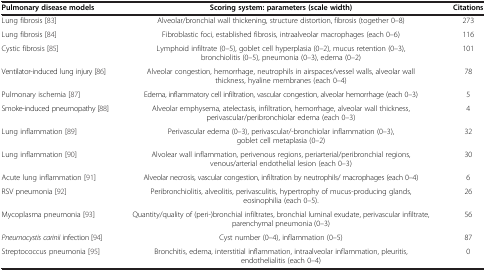
<table><thead><tr><td><b>Pulmonary disease models</b></td><td><b>Scoring system: parameters (scale width)</b></td><td><b>Citations</b></td></tr></thead><tbody><tr><td>Lung fibrosis [83]</td><td>Alveolar/bronchial wall thickening, structure distortion, fibrosis (together 0–8)</td><td>273</td></tr><tr><td>Lung fibrosis [84]</td><td>Fibroblastic foci, established fibrosis, intraalveolar macrophages (each 0–6)</td><td>116</td></tr><tr><td>Cystic fibrosis [85]</td><td>Lymphoid infiltrate (0–5), goblet cell hyperplasia (0–2), mucus retention (0–3), bronchiolitis (0–5), pneumonia (0–3), edema (0–2)</td><td>101</td></tr><tr><td>Ventilator-induced lung injury [86]</td><td>Alveolar congestion, hemorrhage, neutrophils in airspaces/vessel walls, alveolar wall thickness, hyaline membranes (each 0–4)</td><td>78</td></tr><tr><td>Pulmonary ischemia [87]</td><td>Edema, inflammatory cell infiltration, vascular congestion, alveolar hemorrhage (each 0–3)</td><td>5</td></tr><tr><td>Smoke-induced pneumopathy [88]</td><td>Alveolar emphysema, atelectasis, infiltration, hemorrhage, alveolar wall thickness, perivascular/peribronchiolar edema (each 0–3)</td><td>4</td></tr><tr><td>Lung inflammation [89]</td><td>Perivascular edema (0–3), perivascular/-bronchiolar inflammation (0–3), goblet cell metaplasia (0–2)</td><td>32</td></tr><tr><td>Lung inflammation [90]</td><td>Alvolear wall inflammation, perivenous regions, periarterial/peribronchial regions, venous/arterial endothelial lesion (each 0–3)</td><td>30</td></tr><tr><td>Acute lung inflammation [91]</td><td>Alveolar necrosis, vascular congestion, infiltration by neutrophils/ macrophages (each 0–4)</td><td>6</td></tr><tr><td>RSV pneumonia [92]</td><td>Peribronchiolitis, alveolitis, perivasculitis, hypertrophy of mucus-producing glands, eosinophilia (each 0–5).</td><td>26</td></tr><tr><td>Mycoplasma pneumonia [93]</td><td>Quantity/quality of (peri-)bronchial infiltrates, bronchial luminal exudate, perivascular infiltrate, parenchymal pneumonia (0–3)</td><td>56</td></tr><tr><td><i>Pneumocystis carinii</i> infection [94]</td><td>Cyst number (0–4), inflammation (0–5)</td><td>87</td></tr><tr><td>Streptococcus pneumonia [95]</td><td>Bronchitis, edema, interstitial inflammation, intraalveolar inflammation, pleuritis, endothelialitis (each 0–4)</td><td>0</td></tr></tbody></table>